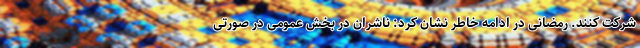
شرکت کنند. رمضانی در ادامه خاطر نشان کرد: ناشران در بخش عمومی در صورتی